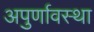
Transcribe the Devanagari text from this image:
अपुर्णावस्था